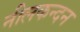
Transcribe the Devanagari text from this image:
नीलकन्दन